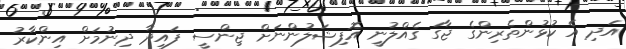
އަދި އެ ކުޅުންތެރިންގެ ޖާގަ ގެއްލުނީ އޮފިޝަލުންނަށް ޖިންސީ ފައިދާ ދިނުމަށް އިންކާރު